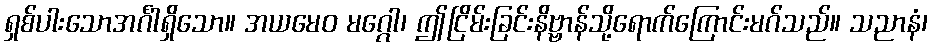
ရှစ်ပါးသောအင်္ဂါရှိသော။ အယမေဝ မဂ္ဂေါ၊ ဤငြိမ်းခြင်းနိဗ္ဗာန်သို့ရောက်ကြောင်းမဂ်သည်။ သညာနံ၊